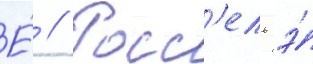
Е́ // Росс'ель э́